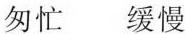
匆忙 缓慢